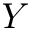
Y